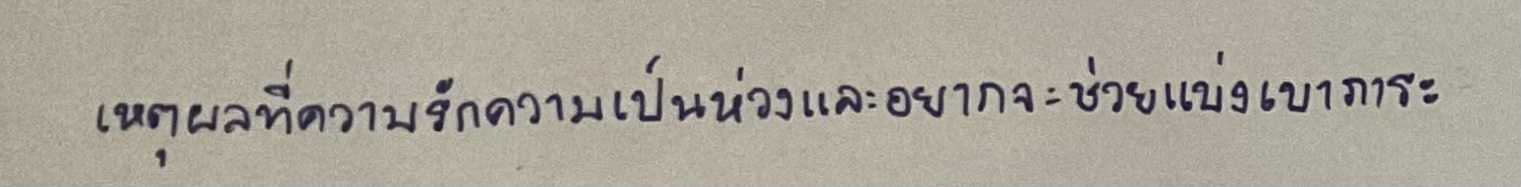
เหตุผลอยู่ที่ความรักความเป็นห่วงและอยากจะช่วยแบ่งเบาภาระ"